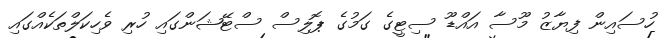
ހުސައިން ފިޔާޒު މޫސާ އައްޑޫ ސިޓީގެ ގަމުގެ ޕޮލިސް ސްޓޭޝަންގައި ހުރި ވެހިކަލްތަކެއްގައި